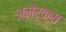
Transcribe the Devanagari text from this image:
अमेर्क्स